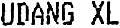
UDANG XL